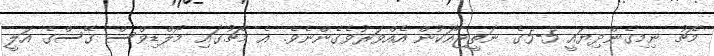
މެޗު ނިމިގެންދިޔައީ 5-5ގެ ނަތީޖާއަކުން އެއްވަރުވެގެންނެވެ. އެ މެޗުގައި މޯލްޑިވްސް ގޭސްގެ އަލީ